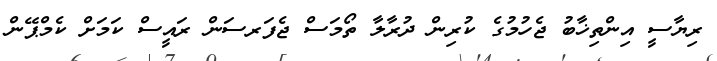
ރިޔާސީ އިންތިޚާބު ޖެހުމުގެ ކުރިން ދުރާލާ ތޯމަސް ޖެފަރސަން ރައީސް ކަމަށް ކެމްޕޭން